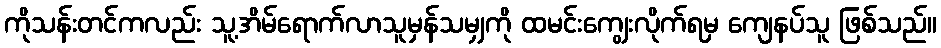
ကိုသန်းတင်ကလည်း သူ့အိမ်ရောက်လာသူမှန်သမျှကို ထမင်းကျွေးလိုက်ရမှ ကျေနပ်သူ ဖြစ်သည်။